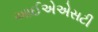
આઈએએસટી